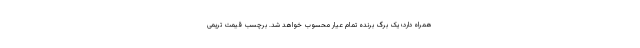
همراه دارد؛ یک برگ برنده تمام عیار محسوب خواهد شد. برچسب قیمت تریمی